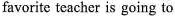
favorite teacher is going to